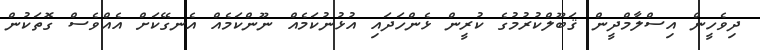
ދިވެހީން އިސްލާމްދީން ޤަބޫލްކުރުމުގެ ކުރީން ޅެންހަދައި އުޅުނުކަމެއް ނޫންކަމެއް އެނގޭކަށް އެއްވެސް ގޮތަކުން